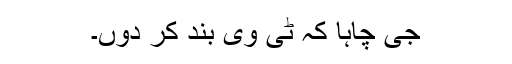
جی چاہا کہ ٹی وی بند کر دوں۔